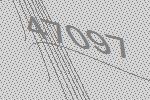
47097